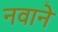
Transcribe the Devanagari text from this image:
नवाने